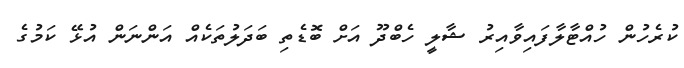
ކުރެހުން ހުއްޓާލާފައިވާއިރު ޝާލީ ހެބްދޫ އަށް ބޮޑެތި ބަދަލުތަކެއް އަންނަން އުޅޭ ކަމުގެ